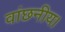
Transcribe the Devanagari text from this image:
वांछनीय।